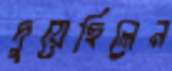
দুয়েছিলেন